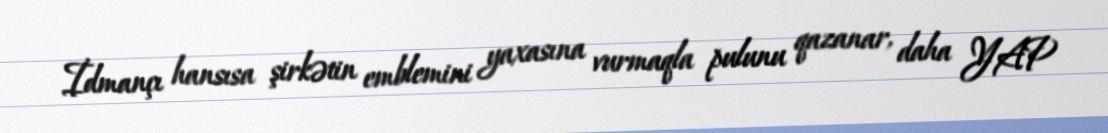
İdmançı hansısa şirkətin emblemini yaxasına vurmaqla pulunu qazanar, daha YAP